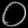
Digit: ၀